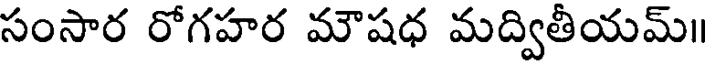
సంసార రోగహర మౌషధ మద్వితీయమ్॥